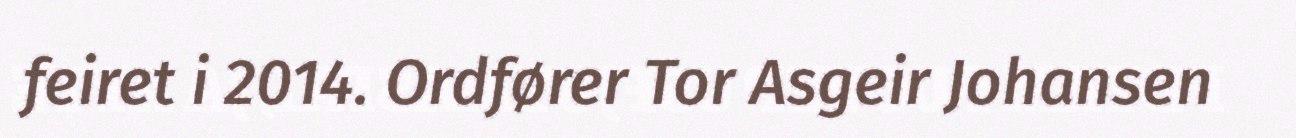
feiret i 2014. Ordfører Tor Asgeir Johansen